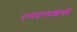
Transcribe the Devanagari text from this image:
दृश्यप्रपंचशास्त्र